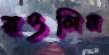
রওলিন